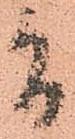
間